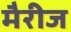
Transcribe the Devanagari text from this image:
मैरीज